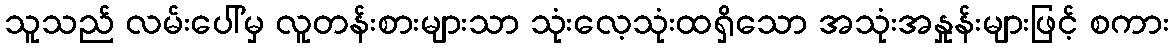
သူသည် လမ်းပေါ်မှ လူတန်းစားများသာ သုံးလေ့သုံးထရှိသော အသုံးအနှုန်းများဖြင့် စကား